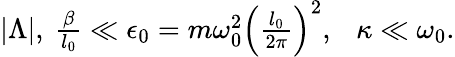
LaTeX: \begin{array}{r}{|\Lambda|,\ \frac{\beta}{l_{0}}\ll\epsilon_{0}=m\omega_{0}^{2}\Big(\frac{l_{0}}{2\pi}\Big)^{2},\ \ \ \kappa\ll\omega_{0}.}\end{array}